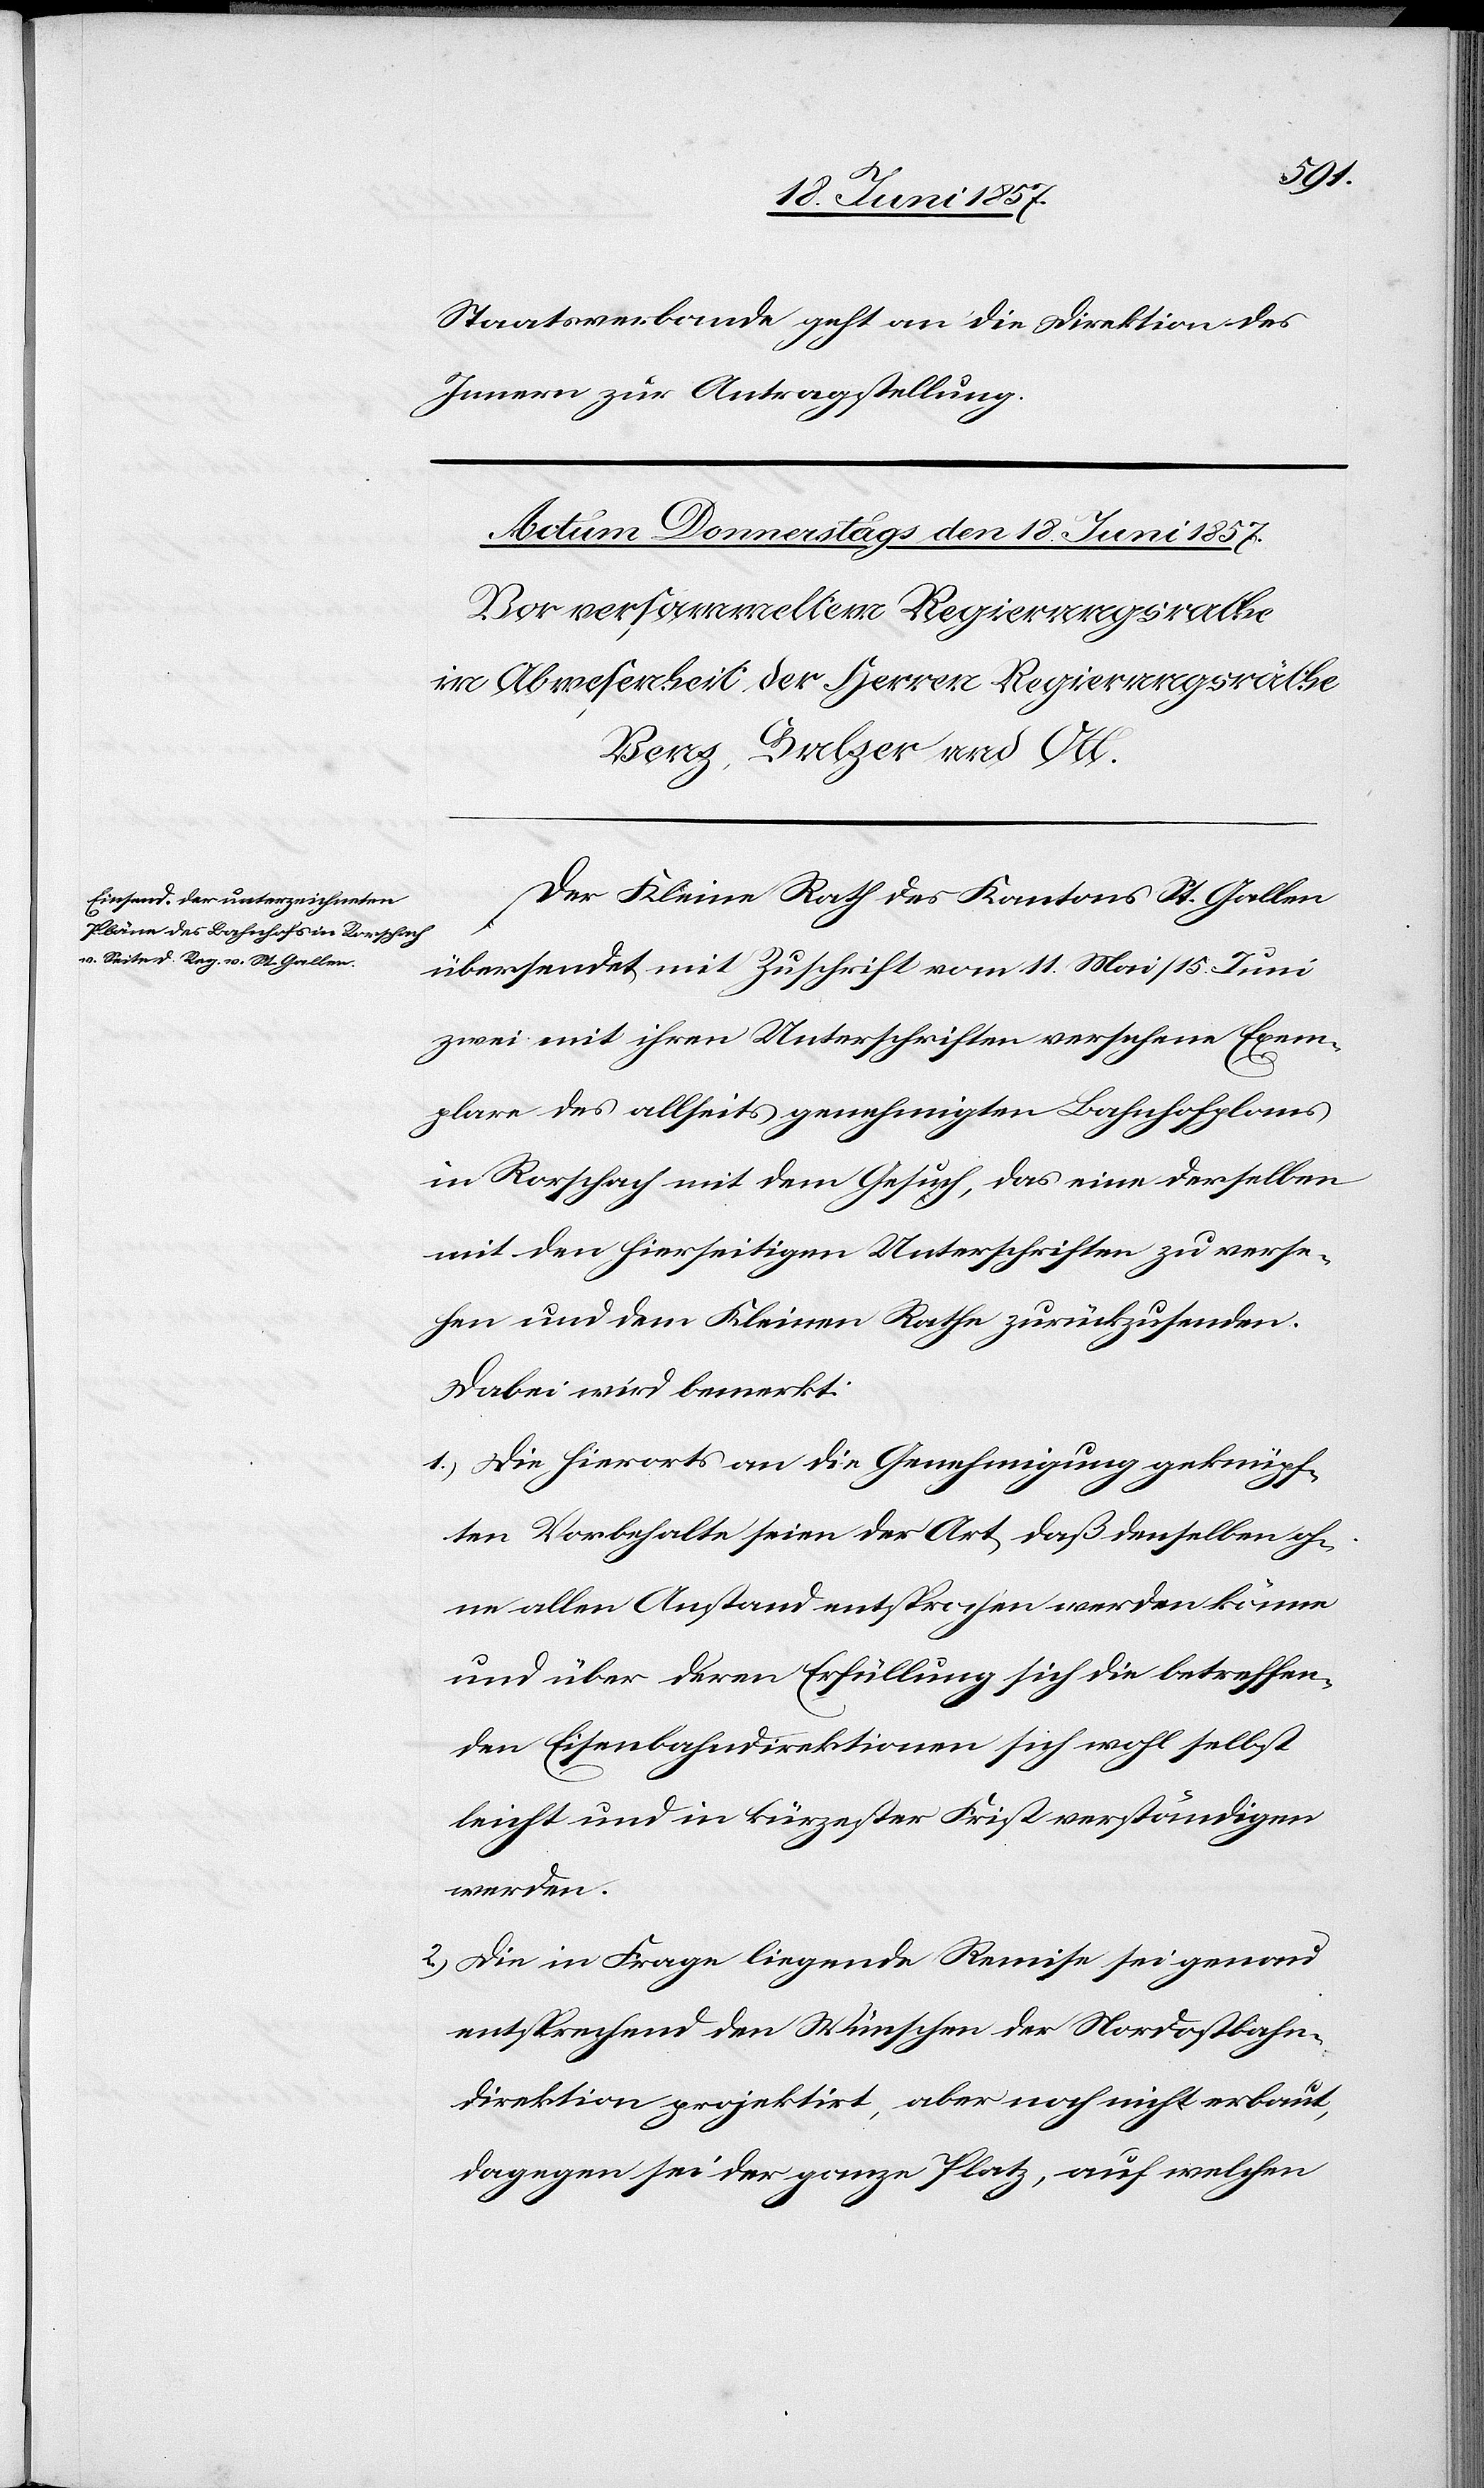
Staatsverbande geht an die Direktion des
Innern zur Antragstellung.
Der Kleine Rath des Kantons St. Gallen
übersendet mit Zuschrift vom 11 Mai/15 Juni
zwei mit ihren Unterschriften versehene Exem¬
plare des allseits genehmigten Bahnhofplanes
in Rorschach mit dem Gesuch, das eine derselben
mit den hierseitigen Unterschriften zu verse¬
hen und dem Kleinen Rathe zurückzusenden.
Dabei wird bemerkt:
1.) Die hierorts an die Genehmigung geknüpf¬
ten Vorbehalte seien der Art daß denselben oh¬
ne allen Anstand entsprochen werden könne
und über deren Erfüllung sich die betreffen¬
den Eisenbahndirektionen sich wohl selbst
leicht und in kürzester Frist verständigen
werden.
2.) Die in Frage liegende Remise sei genau
entsprechend den Wünschen der Nordostbahn¬
direktion projektirt, aber noch nicht erbaut,
dagegen sei der ganze Platz, auf welchen